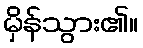
မှိန်သွား၏။